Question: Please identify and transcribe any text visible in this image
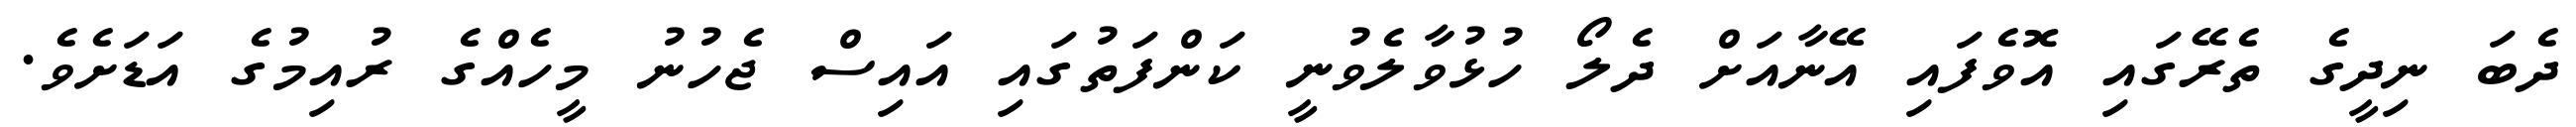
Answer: ދެބަ ނިދީގެ ތެރޭގައި އޮވެފައި އޭނާއަށް ދެލޯ ހުޅުވާލެވުނީ ކަންފަތުގައި އައިސް ޖެހުނު މީހެއްގެ ރުއިމުގެ އަޑަށެވެ.